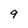
Character: 9